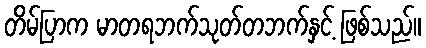
တိမ်ပြာက မာတရဘက်သုတ်တဘက်နှင့် ဖြစ်သည်။